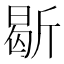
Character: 𣂰